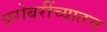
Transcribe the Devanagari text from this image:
बरोबरींच्यातच